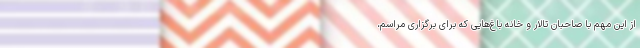
از این مهم با صاحبان تالار و خانه باغ‌هایی که برای برگزاری مراسم،